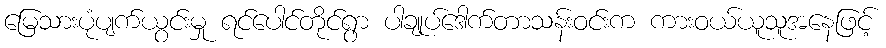
မြေသားပုံပျက်ယွင်းမှု ရင်ပေါင်တိုင်ရွာ ပါချုပ်ဒေါက်တာသန်းဝင်းက ကားဝယ်ယူသူအနေဖြင့်